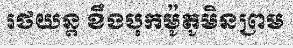
រថយន្ត ខឹងបុកម៉ូតូមិនព្រម